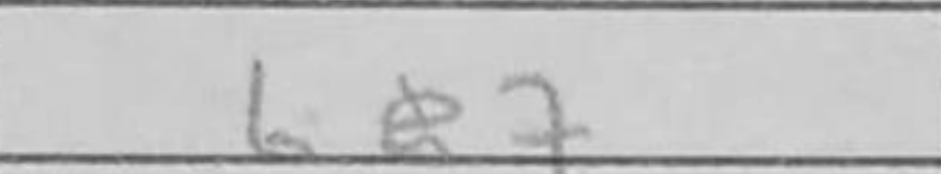
Transcription: Be7